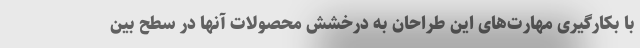
با بکارگیری مهارت‌های این طراحان به درخشش محصولات آنها در سطح بین